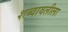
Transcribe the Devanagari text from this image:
शब्दावलीला